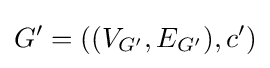
G'=((V_{G'},E_{G'}),c')